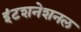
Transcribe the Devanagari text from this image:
इंटशनेशनल